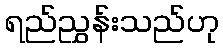
ရည်ညွှန်းသည်ဟု